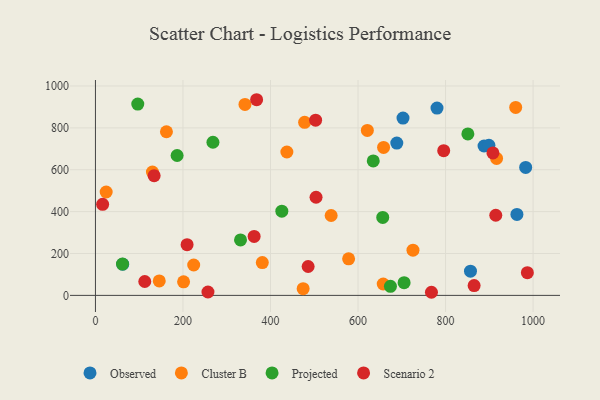
{"axis": {"x": "Study Hours", "y": "Rating"}, "legend": ["Cluster B", "Observed", "Projected", "Scenario 2"], "data": [{"x": "963.1", "y": 386.5, "type": "Observed"}, {"x": "983.1", "y": 611.2, "type": "Observed"}, {"x": "702.8", "y": 847.0, "type": "Observed"}, {"x": "857.0", "y": 115.6, "type": "Observed"}, {"x": "888.0", "y": 713.5, "type": "Observed"}, {"x": "62.3", "y": 149.0, "type": "Observed"}, {"x": "688.6", "y": 727.7, "type": "Observed"}, {"x": "780.5", "y": 894.8, "type": "Observed"}, {"x": "899.1", "y": 716.7, "type": "Observed"}, {"x": "725.6", "y": 216.2, "type": "Cluster B"}, {"x": "478.0", "y": 826.6, "type": "Cluster B"}, {"x": "381.3", "y": 156.6, "type": "Cluster B"}, {"x": "578.5", "y": 174.8, "type": "Cluster B"}, {"x": "341.7", "y": 912.1, "type": "Cluster B"}, {"x": "657.6", "y": 54.4, "type": "Cluster B"}, {"x": "130.2", "y": 588.9, "type": "Cluster B"}, {"x": "224.5", "y": 145.2, "type": "Cluster B"}, {"x": "437.4", "y": 684.8, "type": "Cluster B"}, {"x": "960.3", "y": 897.9, "type": "Cluster B"}, {"x": "162.2", "y": 781.6, "type": "Cluster B"}, {"x": "916.6", "y": 654.1, "type": "Cluster B"}, {"x": "24.5", "y": 493.8, "type": "Cluster B"}, {"x": "621.3", "y": 787.9, "type": "Cluster B"}, {"x": "474.6", "y": 32.0, "type": "Cluster B"}, {"x": "201.4", "y": 64.7, "type": "Cluster B"}, {"x": "145.8", "y": 69.1, "type": "Cluster B"}, {"x": "658.4", "y": 706.9, "type": "Cluster B"}, {"x": "538.6", "y": 381.5, "type": "Cluster B"}, {"x": "656.5", "y": 372.2, "type": "Projected"}, {"x": "634.8", "y": 642.4, "type": "Projected"}, {"x": "674.1", "y": 43.2, "type": "Projected"}, {"x": "186.6", "y": 668.2, "type": "Projected"}, {"x": "705.3", "y": 60.9, "type": "Projected"}, {"x": "851.0", "y": 771.3, "type": "Projected"}, {"x": "268.5", "y": 731.5, "type": "Projected"}, {"x": "96.7", "y": 913.5, "type": "Projected"}, {"x": "425.9", "y": 402.2, "type": "Projected"}, {"x": "331.5", "y": 264.7, "type": "Projected"}, {"x": "61.8", "y": 149.7, "type": "Projected"}, {"x": "795.8", "y": 691.0, "type": "Scenario 2"}, {"x": "134.1", "y": 571.9, "type": "Scenario 2"}, {"x": "112.7", "y": 66.3, "type": "Scenario 2"}, {"x": "368.3", "y": 934.5, "type": "Scenario 2"}, {"x": "865.3", "y": 47.1, "type": "Scenario 2"}, {"x": "486.0", "y": 137.9, "type": "Scenario 2"}, {"x": "362.6", "y": 281.8, "type": "Scenario 2"}, {"x": "503.1", "y": 837.0, "type": "Scenario 2"}, {"x": "767.8", "y": 14.9, "type": "Scenario 2"}, {"x": "209.4", "y": 242.2, "type": "Scenario 2"}, {"x": "908.3", "y": 680.4, "type": "Scenario 2"}, {"x": "914.8", "y": 382.7, "type": "Scenario 2"}, {"x": "987.0", "y": 108.6, "type": "Scenario 2"}, {"x": "257.1", "y": 16.1, "type": "Scenario 2"}, {"x": "504.1", "y": 468.8, "type": "Scenario 2"}, {"x": "16.4", "y": 435.1, "type": "Scenario 2"}]}